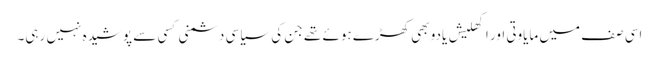
اسی صف میں مایاوتی اور اکھلیش یادو بھی کھڑے ہوئے تھے جن کی سیاسی دشمنی کسی سے پوشیدہ نہیں رہی۔